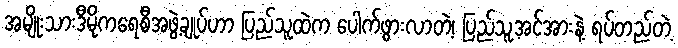
အမျိုးသားဒီမိုကရေစီအဖွဲ့ချုပ်ဟာ ပြည်သူထဲက ပေါက်ဖွားလာတဲ့၊ ပြည်သူ့အင်အားနဲ့ ရပ်တည်တဲ့